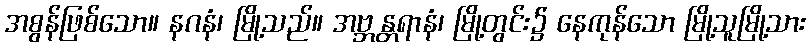
အစွန်ဖြစ်သော။ နဂနံ၊ မြို့သည်။ အဗ္ဘန္တရာနံ၊ မြို့တွင်း၌ နေကုန်သော မြို့သူမြို့သား